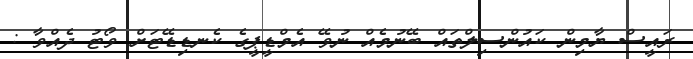
ރައީސް ޔާމިން ކައުންސިލްތައް ބޭނުމެއް ނުވޭ އެމްޑީޕީގެ ކެނޑިޑޭޓަށް ވޯޓު ދެއްވާ :